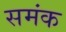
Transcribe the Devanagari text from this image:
समंक